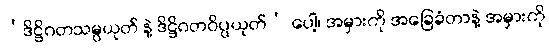
‘ဒိဋ္ဌိဂတသမ္ပယုတ် နဲ့ ဒိဋ္ဌိဂတဝိပ္ပယုတ်’ ပေါ့၊ အမှားကို အခြေခံတာနဲ့ အမှားကို